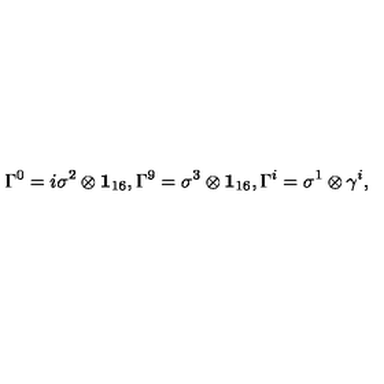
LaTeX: \Gamma ^ { 0 } = i \sigma ^ { 2 } \otimes { \bf 1 } _ { 1 6 } , \Gamma ^ { 9 } = \sigma ^ { 3 } \otimes { \bf 1 } _ { 1 6 } , \Gamma ^ { i } = \sigma ^ { 1 } \otimes \gamma ^ { i } ,